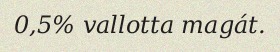
0,5% vallotta magát.